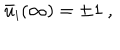
\bar { u } _ { i } ( \infty ) = \pm 1 \ ,